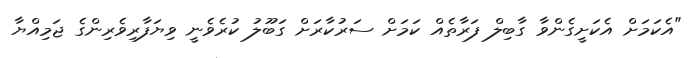
"އެކަމަށް އެކަށީގެންވާ ގާބިލް ފަރާތެއް ކަމަށް ސަރުކާރަށް ގަބޫލު ކުރެވެނީ ވިޔަފާރިވެރިންގެ ޖަމިއްޔާ